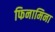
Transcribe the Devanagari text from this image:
फिनामिना